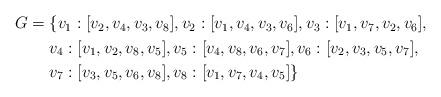
LaTeX: \begin{align*}\begin{aligned}G = {} & \{ v_1:[v_2, v_4, v_3, v_8], v_2:[v_1, v_4, v_3, v_6], v_3:[v_1, v_7, v_2, v_6], \\ & v_4:[v_1, v_2, v_8, v_5], v_5:[v_4, v_8, v_6, v_7], v_6:[v_2, v_3,v_5, v_7], \\ &v_7:[v_3, v_5, v_6, v_8], v_8:[v_1, v_7, v_4, v_5] \}\end{aligned}\end{align*}